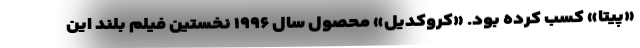
«پیتا» کسب کرده بود. «کروکدیل» محصول سال ۱۹۹۶ نخستین فیلم بلند این